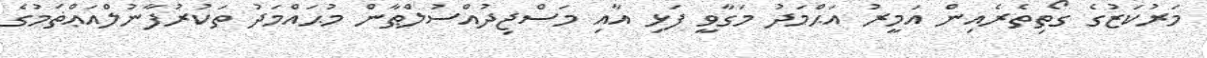
މަރުކަޒުގެ ގޯތިތެރެއިން އަމީރު އަޙްމަދު މަގާވީ ފަޅި އާއި މަސްޖިދުއްސުލްޠާން މުޙައްމަދު ތަކުރުފާނުލްއަޢްޡަމުގެ